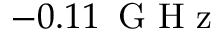
- 0 . 1 1 \ensuremath { \, \mathrm { ~ G ~ H ~ z ~ } }